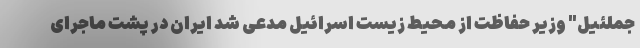
جملئیل" وزیر حفاظت از محیط زیست اسرائیل مدعی شد ایران در پشت ماجرای